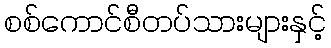
စစ်ကောင်စီတပ်သားများနှင့်